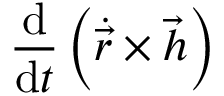
{ \frac { \mathrm { d } } { \mathrm { d } t } } \left( { \dot { \vec { r } } } \times { \vec { h } } \right)